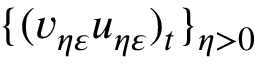
\{ ( v _ { \eta \varepsilon } u _ { \eta \varepsilon } ) _ { t } \} _ { \eta > 0 }